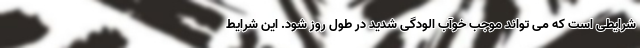
شرایطی است که می تواند موجب خوآب الودگی شدید در طول روز شود. این شرایط